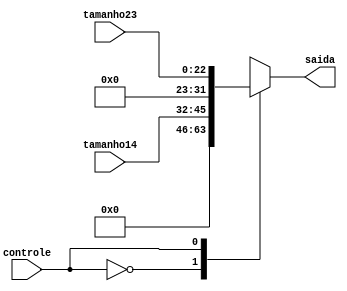
module ExtensorDeBits (controle, tamanho14, tamanho23, saida);
	//Instruções do tamanho de 14 bits
	input [13:0] tamanho14;
	//Instruções do tamanho de 23 bits
	input [22:0] tamanho23;
	//Flag para controle de qual extensão irá acontecer
	input controle;
	//Saída no tamanho de 32 bits
	output reg [31:0] saida;
	
	always @(*) begin
		case(controle)
			//Se a extensão for para o dado de tamanho de 14 bits:
			1'b0: 
			begin
				//A saida recebe o dado de 14 bits
				saida = tamanho14;
				//E o completa com zeros até ter o tamanho de 32 bits
				saida = {18'h0000, tamanho14};
			end
			//Se a extensão for para o dado de tamanho de 23 bits:
			1'b1:
			begin
				//A saida recebe o dado de 23 bits
				saida = tamanho23;
				//E o completa com zeros até ter o tamanho de 32 bits
				saida = {9'h0000, tamanho23};
			end
		endcase
	end

endmodule